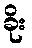
ခိုး